General report no. 6 on the lunatic asylums, vaccination and dispensaries in the Bengal Presidency, 1873 -
Year: 1873
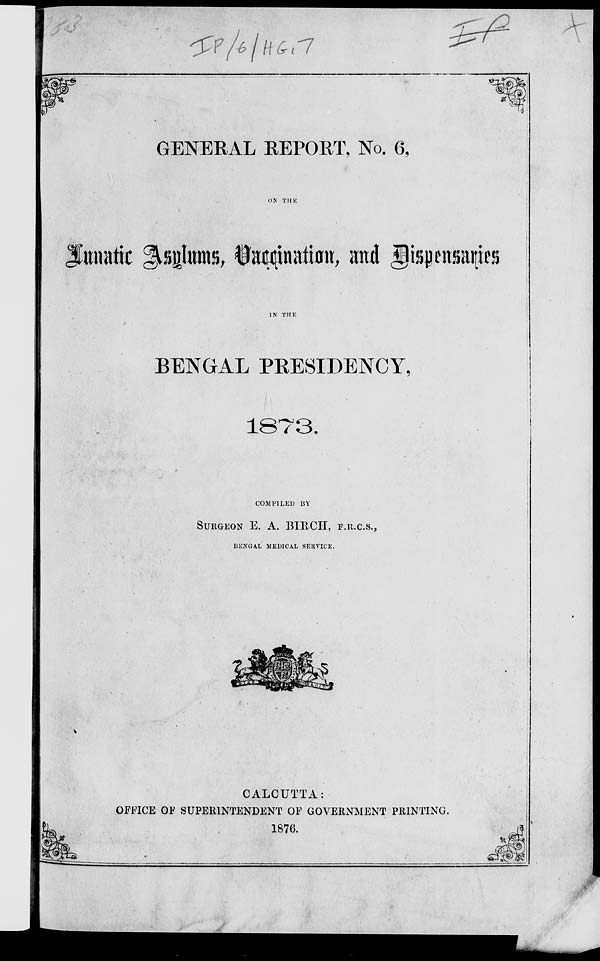
GENERAL REPORT, No. 6,
Lunatic Asylums, Vaccination, and Dispensaries
IN THE
BENGAL PRESIDENCY,
1873.
COM PILED BY
SURGEON E. A. BIRCH, F.R.C.S.,
BENGAL MEDICAL SERVICE.
CALCUTTA:
OFFICE OF SUPERINTENDENT OF GOVERNMENT PRINTING.
1876.